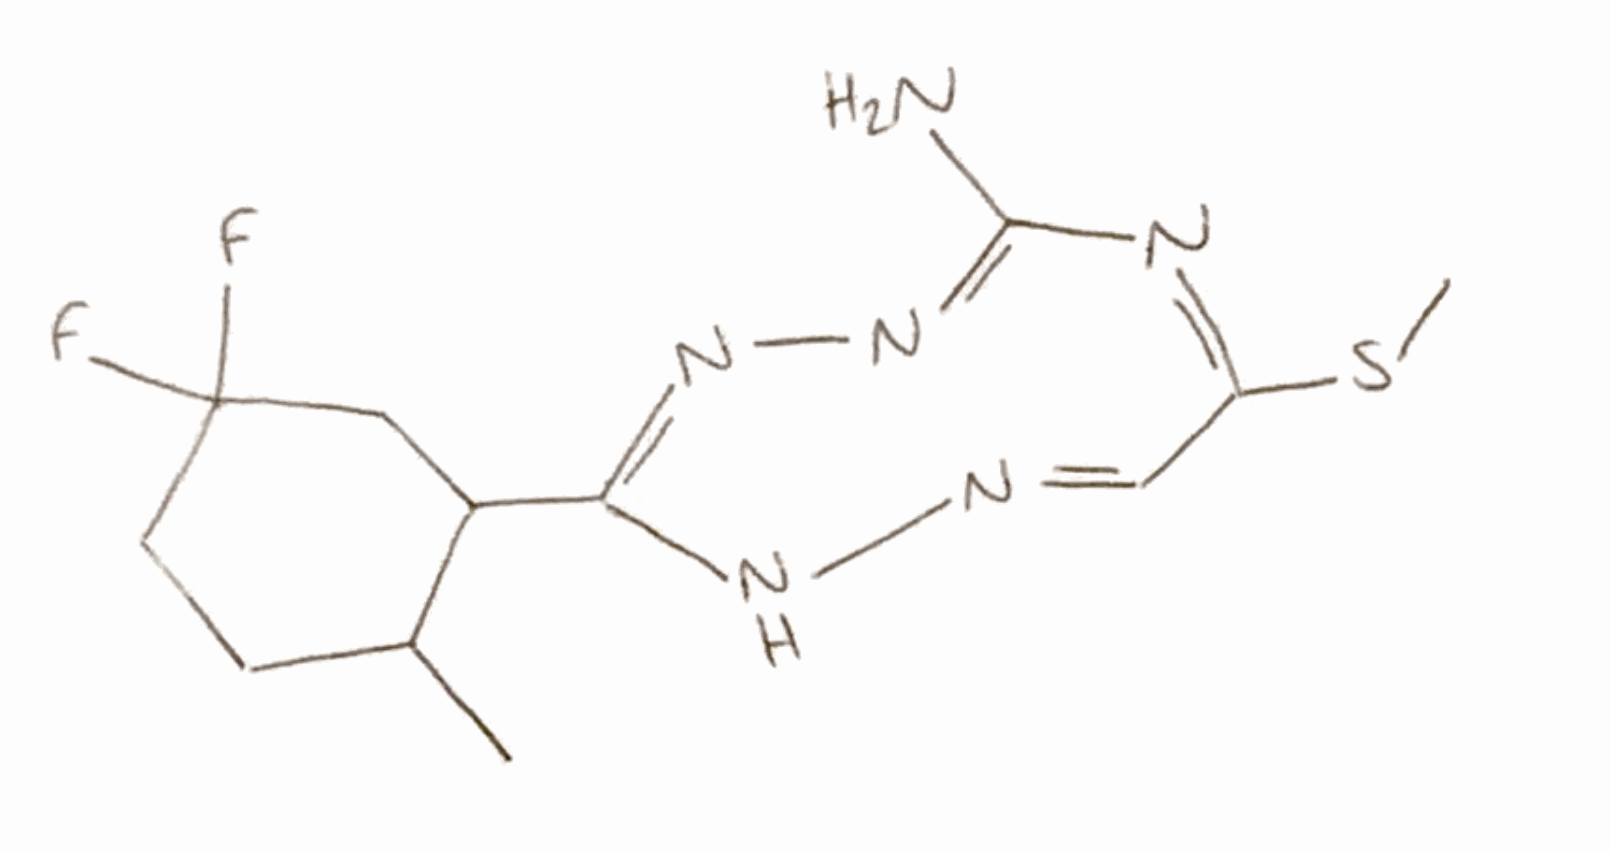
Simplified molecular-input line-entry system (SMILES) notation of the given molecule:
CC1CCC(CC1C2=NN=C(N=C(C=NN2)SC)N)(F)F